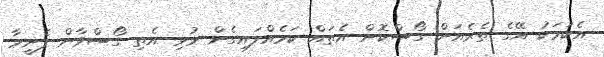
އެކަމަކު އޭގެ ތެރެއަށް ގޯސްކޮށް އެތައް ކަމެއްލައިގެން މުޅި އެތި ގޯސްވާން ފެށީމާ